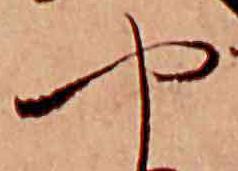
や